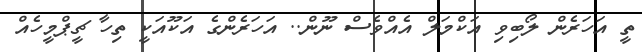
ތީ އަހަރެން ލޯބިވި އަކްމަލް އެއްވެސް ނޫން.. އަހަރެންގެ އަކޫއަކީ ތިހާ ޗީޕްމީހެއް